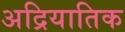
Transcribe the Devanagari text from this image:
अद्रियातिक